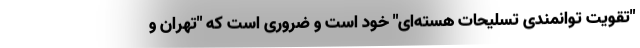
"تقویت توانمندی تسلیحات هسته‌ای" خود است و ضروری است که "تهران و